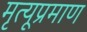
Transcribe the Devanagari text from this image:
मृत्यूप्रमाण